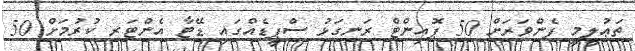
ތަޢުލީމީ ފެންވަރަށް 50 ޕޮއިންޓް ރަނގަޅު ސްޕީޑެއްގައި ޑޭޓާ އެންޓަރ ކުރުމަށް 50